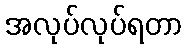
အလုပ်လုပ်ရတာ